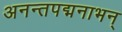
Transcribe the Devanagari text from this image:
अनन्तपद्मनाभन्